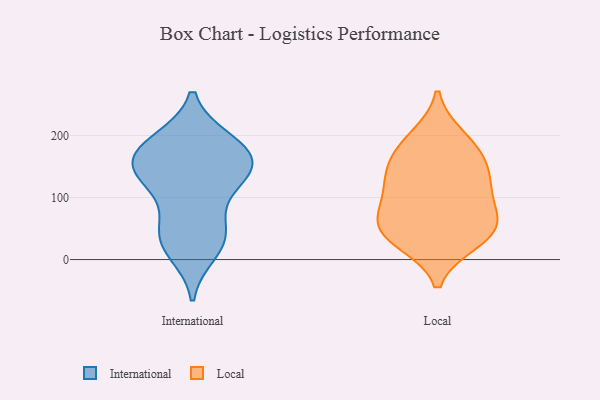
{"axis": {"x": "Production Output", "y": "Value"}, "legend": ["International", "Local"], "data": [{"x": "", "y": 34, "type": "International"}, {"x": "", "y": 145, "type": "International"}, {"x": "", "y": 186, "type": "International"}, {"x": "", "y": 27, "type": "International"}, {"x": "", "y": 46, "type": "International"}, {"x": "", "y": 190, "type": "International"}, {"x": "", "y": 134, "type": "International"}, {"x": "", "y": 154, "type": "International"}, {"x": "", "y": 192, "type": "International"}, {"x": "", "y": 164, "type": "International"}, {"x": "", "y": 121, "type": "International"}, {"x": "", "y": 135, "type": "International"}, {"x": "", "y": 12, "type": "International"}, {"x": "", "y": 161, "type": "International"}, {"x": "", "y": 70, "type": "International"}, {"x": "", "y": 38, "type": "Local"}, {"x": "", "y": 134, "type": "Local"}, {"x": "", "y": 87, "type": "Local"}, {"x": "", "y": 181, "type": "Local"}, {"x": "", "y": 58, "type": "Local"}, {"x": "", "y": 63, "type": "Local"}, {"x": "", "y": 131, "type": "Local"}, {"x": "", "y": 163, "type": "Local"}, {"x": "", "y": 30, "type": "Local"}, {"x": "", "y": 115, "type": "Local"}, {"x": "", "y": 45, "type": "Local"}, {"x": "", "y": 196, "type": "Local"}]}